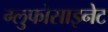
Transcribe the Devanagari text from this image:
ग्लुफोसाइनेट